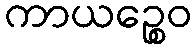
ကာယဉ္စေဝ